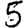
Digit: 5